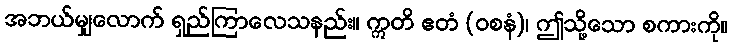
အဘယ်မျှလောက် ရှည်ကြာလေသနည်း။ ဣတိ ဧတံ (ဝစနံ)၊ ဤသို့သော စကားကို။